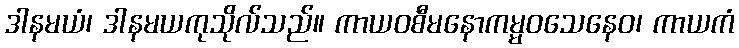
ဒါနမယံ၊ ဒါနမယကုသိုလ်သည်။ ကာယဝစီမနောကမ္မဝသေနေဝ၊ ကာယကံ